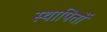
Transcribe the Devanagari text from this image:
स्थापितों